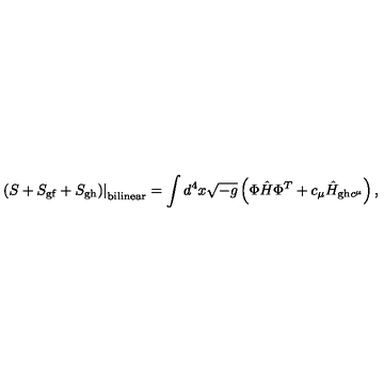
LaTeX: \left. \left( S + S _ { \mathrm { g f } } + S _ { \mathrm { g h } } \right) \right| _ { \mathrm { b i l i n e a r } } = \int d ^ { 4 } x \sqrt { - g } \left( { \Phi } \hat { H } { \Phi } ^ { T } + c _ { \mu } \hat { H } _ { \mathrm { g h } c ^ { \mu } } \right) ,